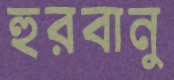
হুরবানু